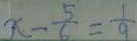
x - \frac { 5 } { 6 } = \frac { 1 } { 9 }